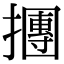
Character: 㩛